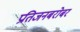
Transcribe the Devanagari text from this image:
प्रतिजनबरोबर